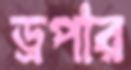
ড্রপার